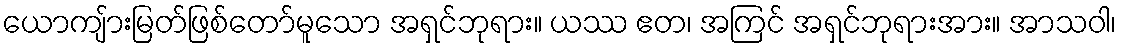
ယောကျ်ားမြတ်ဖြစ်တော်မူသော အရှင်ဘုရား။ ယဿ ဧတ၊ အကြင် အရှင်ဘုရားအား။ အာသဝါ၊